Laimjala_vallavalitsus, lk 12
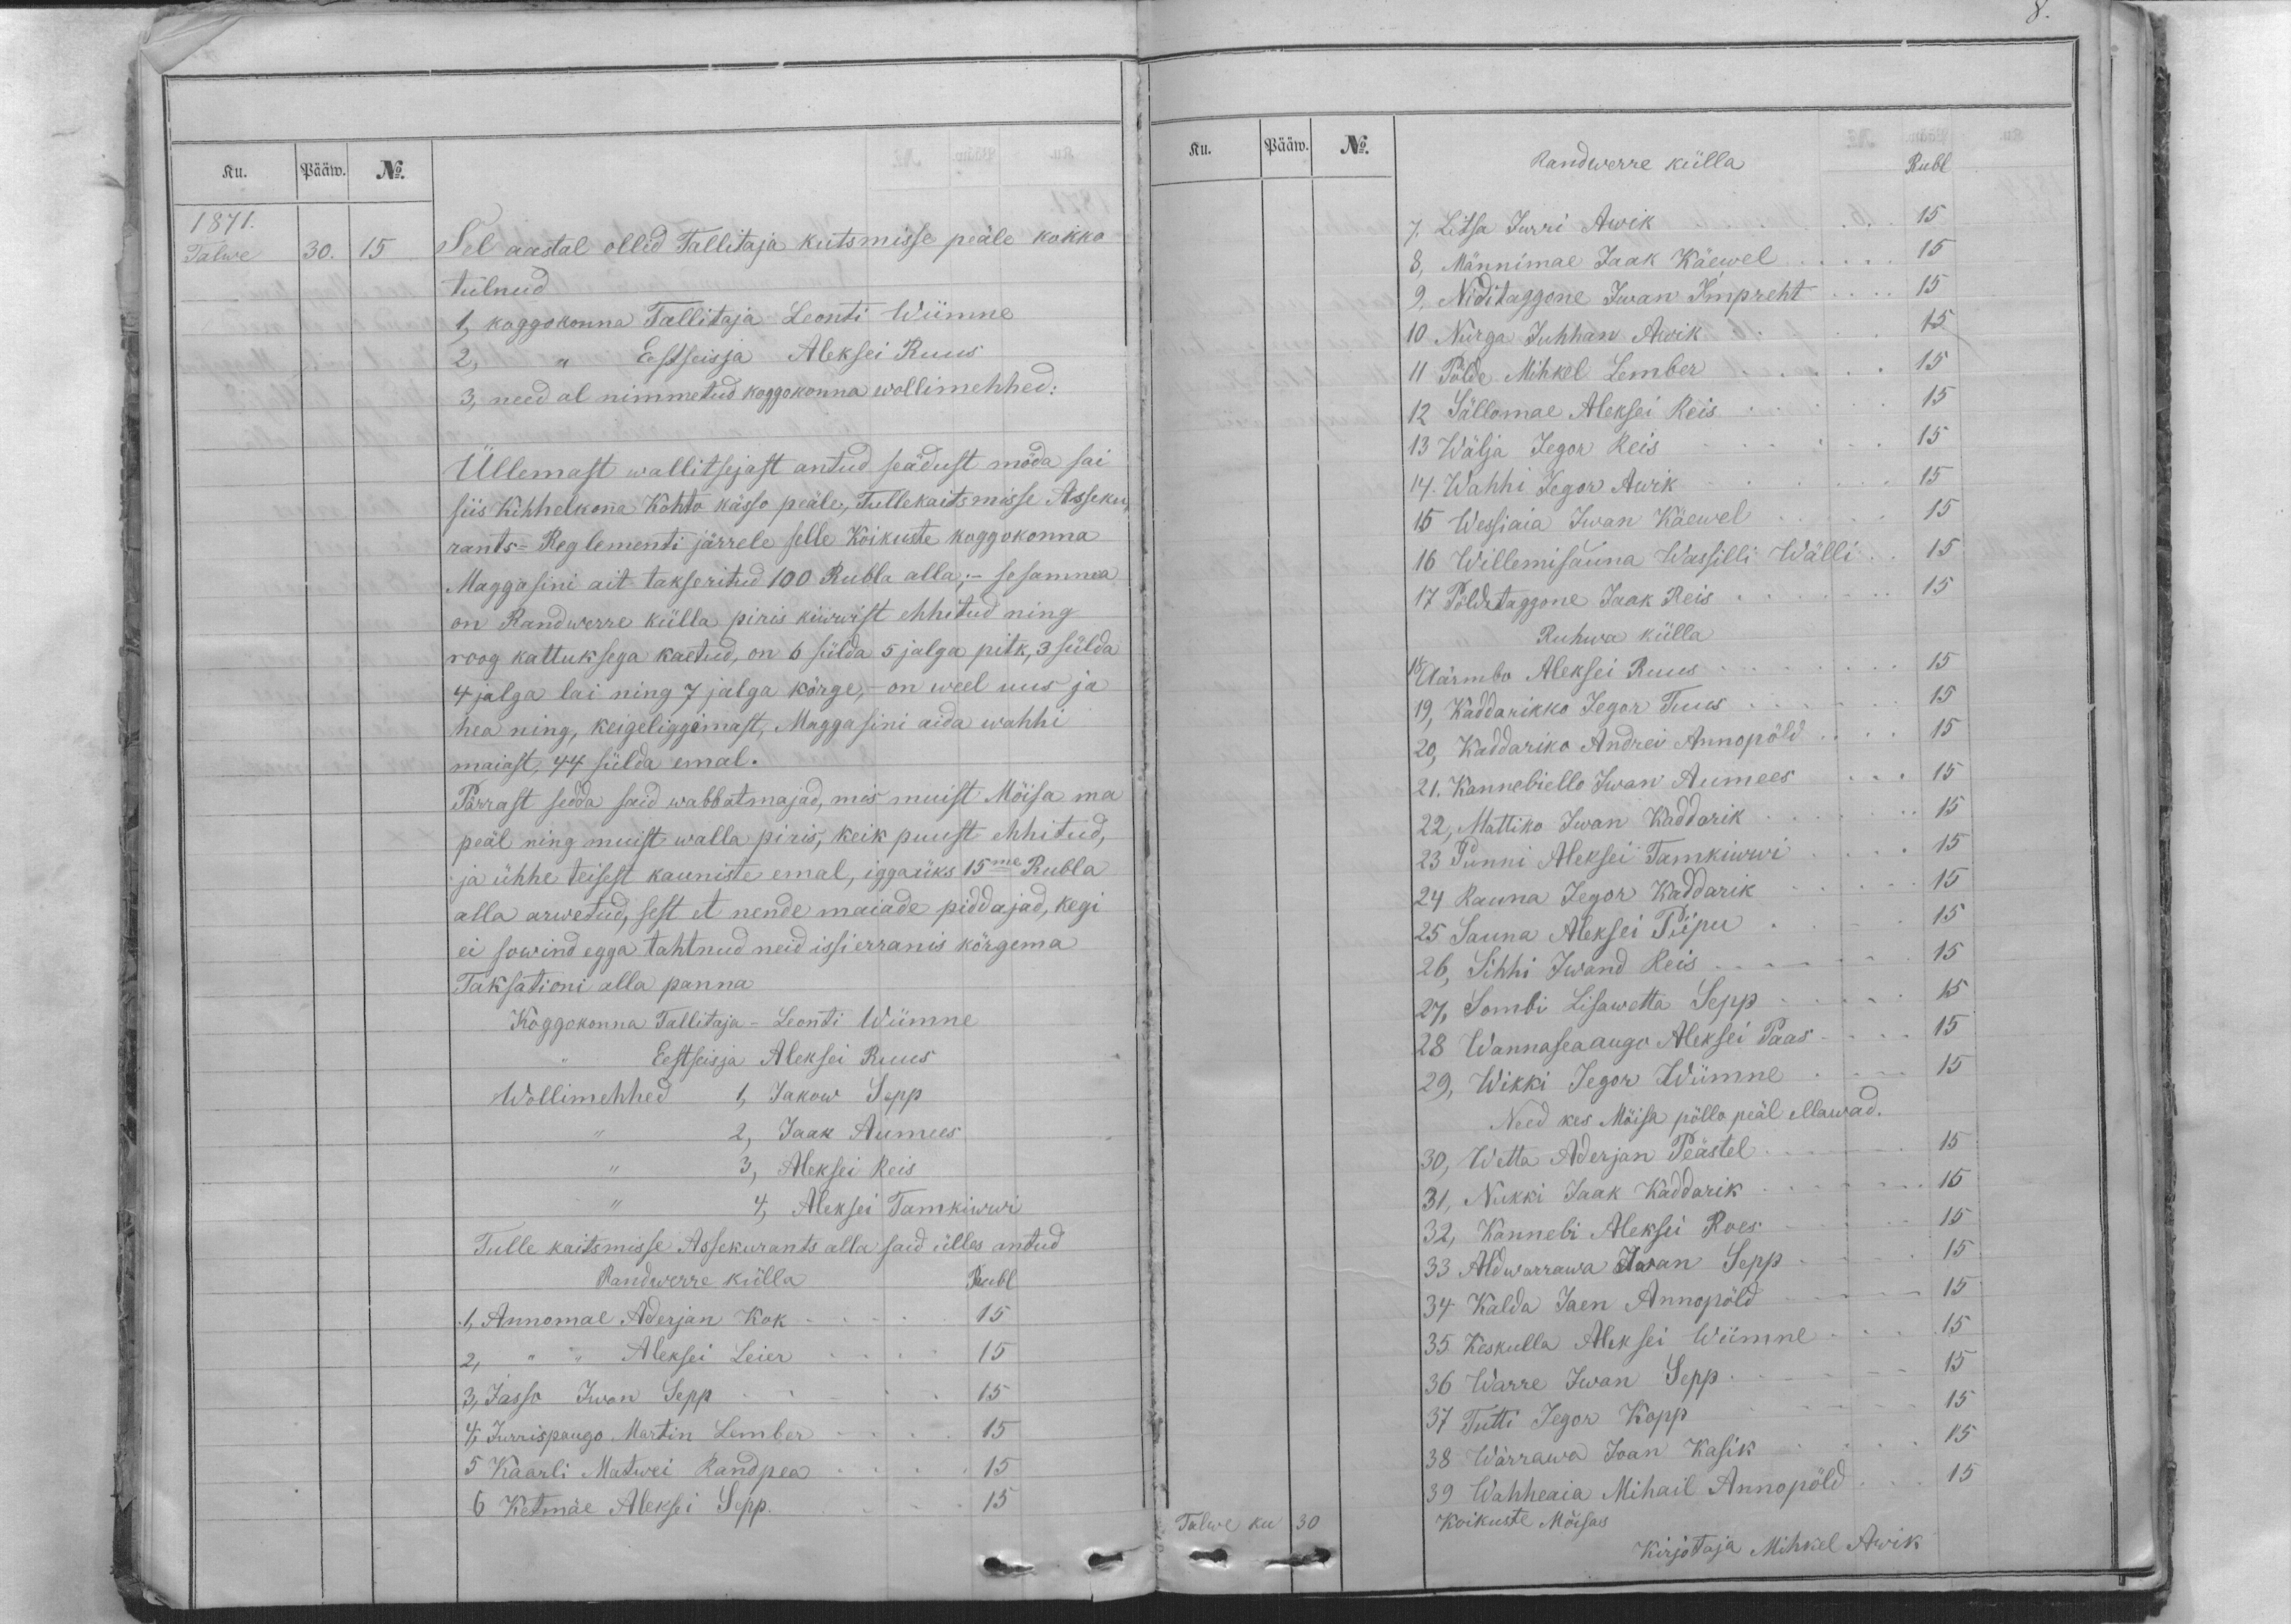
Ku.
Pääw.
No.
1871.
Talwe
30.
15

Sel aastal ollid Tallitaja kutsmisse peäle kokko
tulnud
1, koggokonna Tallitaja Leonti Wiimne
2, ,, Eestseisja Aleksei Ruus
3, need al nimmetud koggokonna wollimehhed:
Üllemast wallitsejast antud seädust möda sai
siis Kihhelkonna Kohto kässo peäle, Tullekaitsmisse Asseku-
rants-Reglementi järrele selle Koikuste koggokonna
Maggasini ait takseritud 100 Rubla alla; - se samma
on Randwerre külla piris kiwwist ehhitud ning
roog kattuksega kaetud, on 6 sülda 5 jalga pitk, 3 sülda
4 jalga lai ning 7 jalga körge, - on weel uus ja
hea ning, keigeliggimast, Maggasini aida wahhi
maiast, 44 sülda emal.
Pärrast sedda said wabbatmajad, mis muist Mõisa ma
peäl ning muist walla piris, keik puust ehhitud,
ja ühhe teisest kauniste emal, iggaüks 15me Rubla
alla arwetud, sest et nende maiade piddajad, kegi
ei sowind egga tahtnud neid issierranis kõrgema
Taksationi alla panna
Koggokonna Tallitaja - Leonti Wiimne
,, Eestseisja Aleksei Ruus
Wollimehhed
1, Jakow Sepp
,, 2, Jaak Aumees
,, 3, Aleksei Reis
,, 4. Aleksei Tamkiwwi
Tulle kaitsmisse Assekurants alla said ülles antud
Randwerre külla Rubl
1, Annomal Aderjan Kok . . . . .15
2, ,, ,, Aleksei Leier . . . . 15
3, Jasso Iwan Sepp . . . . .15
4, Jurrispaugo Martin Lember . . . . 15
5 Kaarli Matwei Randpea . . . . 15
6 Ketmäe Aleksei Sepp . . . . 15

Ku.
Pääw.
No.
Randwerre külla Rubl
7. Litsa Jurri Awik . . . . . . .15
8, Männimae Jaak Käewel . . . . . 15
9, Niditaggone Iwan Impreht . . . . 15
10 Nurga Juhhan Awik . . . . . 15
11 Pölde Mihkel Lember . . . . . 15
12 Sällomae Aleksei Reis . . . . . 15
13 Wälja Jegor Reis . . . . . . 15
14. Wahhi Jegor Awik . . . . . . 15
15 Wessiaia Iwan Käewel . . . . . 15
16 Willemisäuna Wassilli Wälli . . 15
17 Pöldetaggone Jaak Reis . . . . . . . 15
Ruhwa külla
18 Aärmbo Aleksei Ruus . . . . . . . 15
19, Kaddarikko Jegor Tuus  . . . . . . 15
20, Kaddariko Andrei Annopöld . . . . 15
21. Kannebiello Iwan Aumees . . . 15
22, Mattiko Iwan Kaddarik . . . . . . . 15
23 Punni Aleksei Tamkiwwi . . . . 15
24 Rauna Jegor Kaddarik . . . . . 15
25 Sauna Aleksei Piipu . . . . 15
26, Sihhi Iwand Reis . . . . . . . 15
27, Sombi Lisawetta Sepp . . . . . 15
28 Wannaseaaugo Aleksei Paas . . . . 15
29, Wikki Jegor Wiimne . . . . 15
Need kes Mõisa põllo peäl ellawad.
30, Wetta Aderjan Peästel . . . . .15
31, Nukki Jaak Kaddarik . . . . . . . 15
32, Kannebi Aleksei Roes . . . . . 15
33 Aldwarrawa Iwan Sepp . . . . 15
34 Kalda Jaen Annopöld . . . . . 15
35. Keskulla Aleksei Wiimne . . . . . 15
36 Warre Iwan Sepp . . . . . . 15
37 Tutti Jegor Kopp . . . . . 15
38 Wärrawa Joan Kasik . . . . 15
39 Wahheaia Mihail Annopöld . . . 15
Talwe ku
30
Koikuste Mõisas
Kirjotaja Mihkel Awik